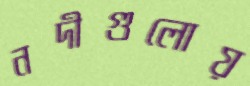
নদীগুলোয়